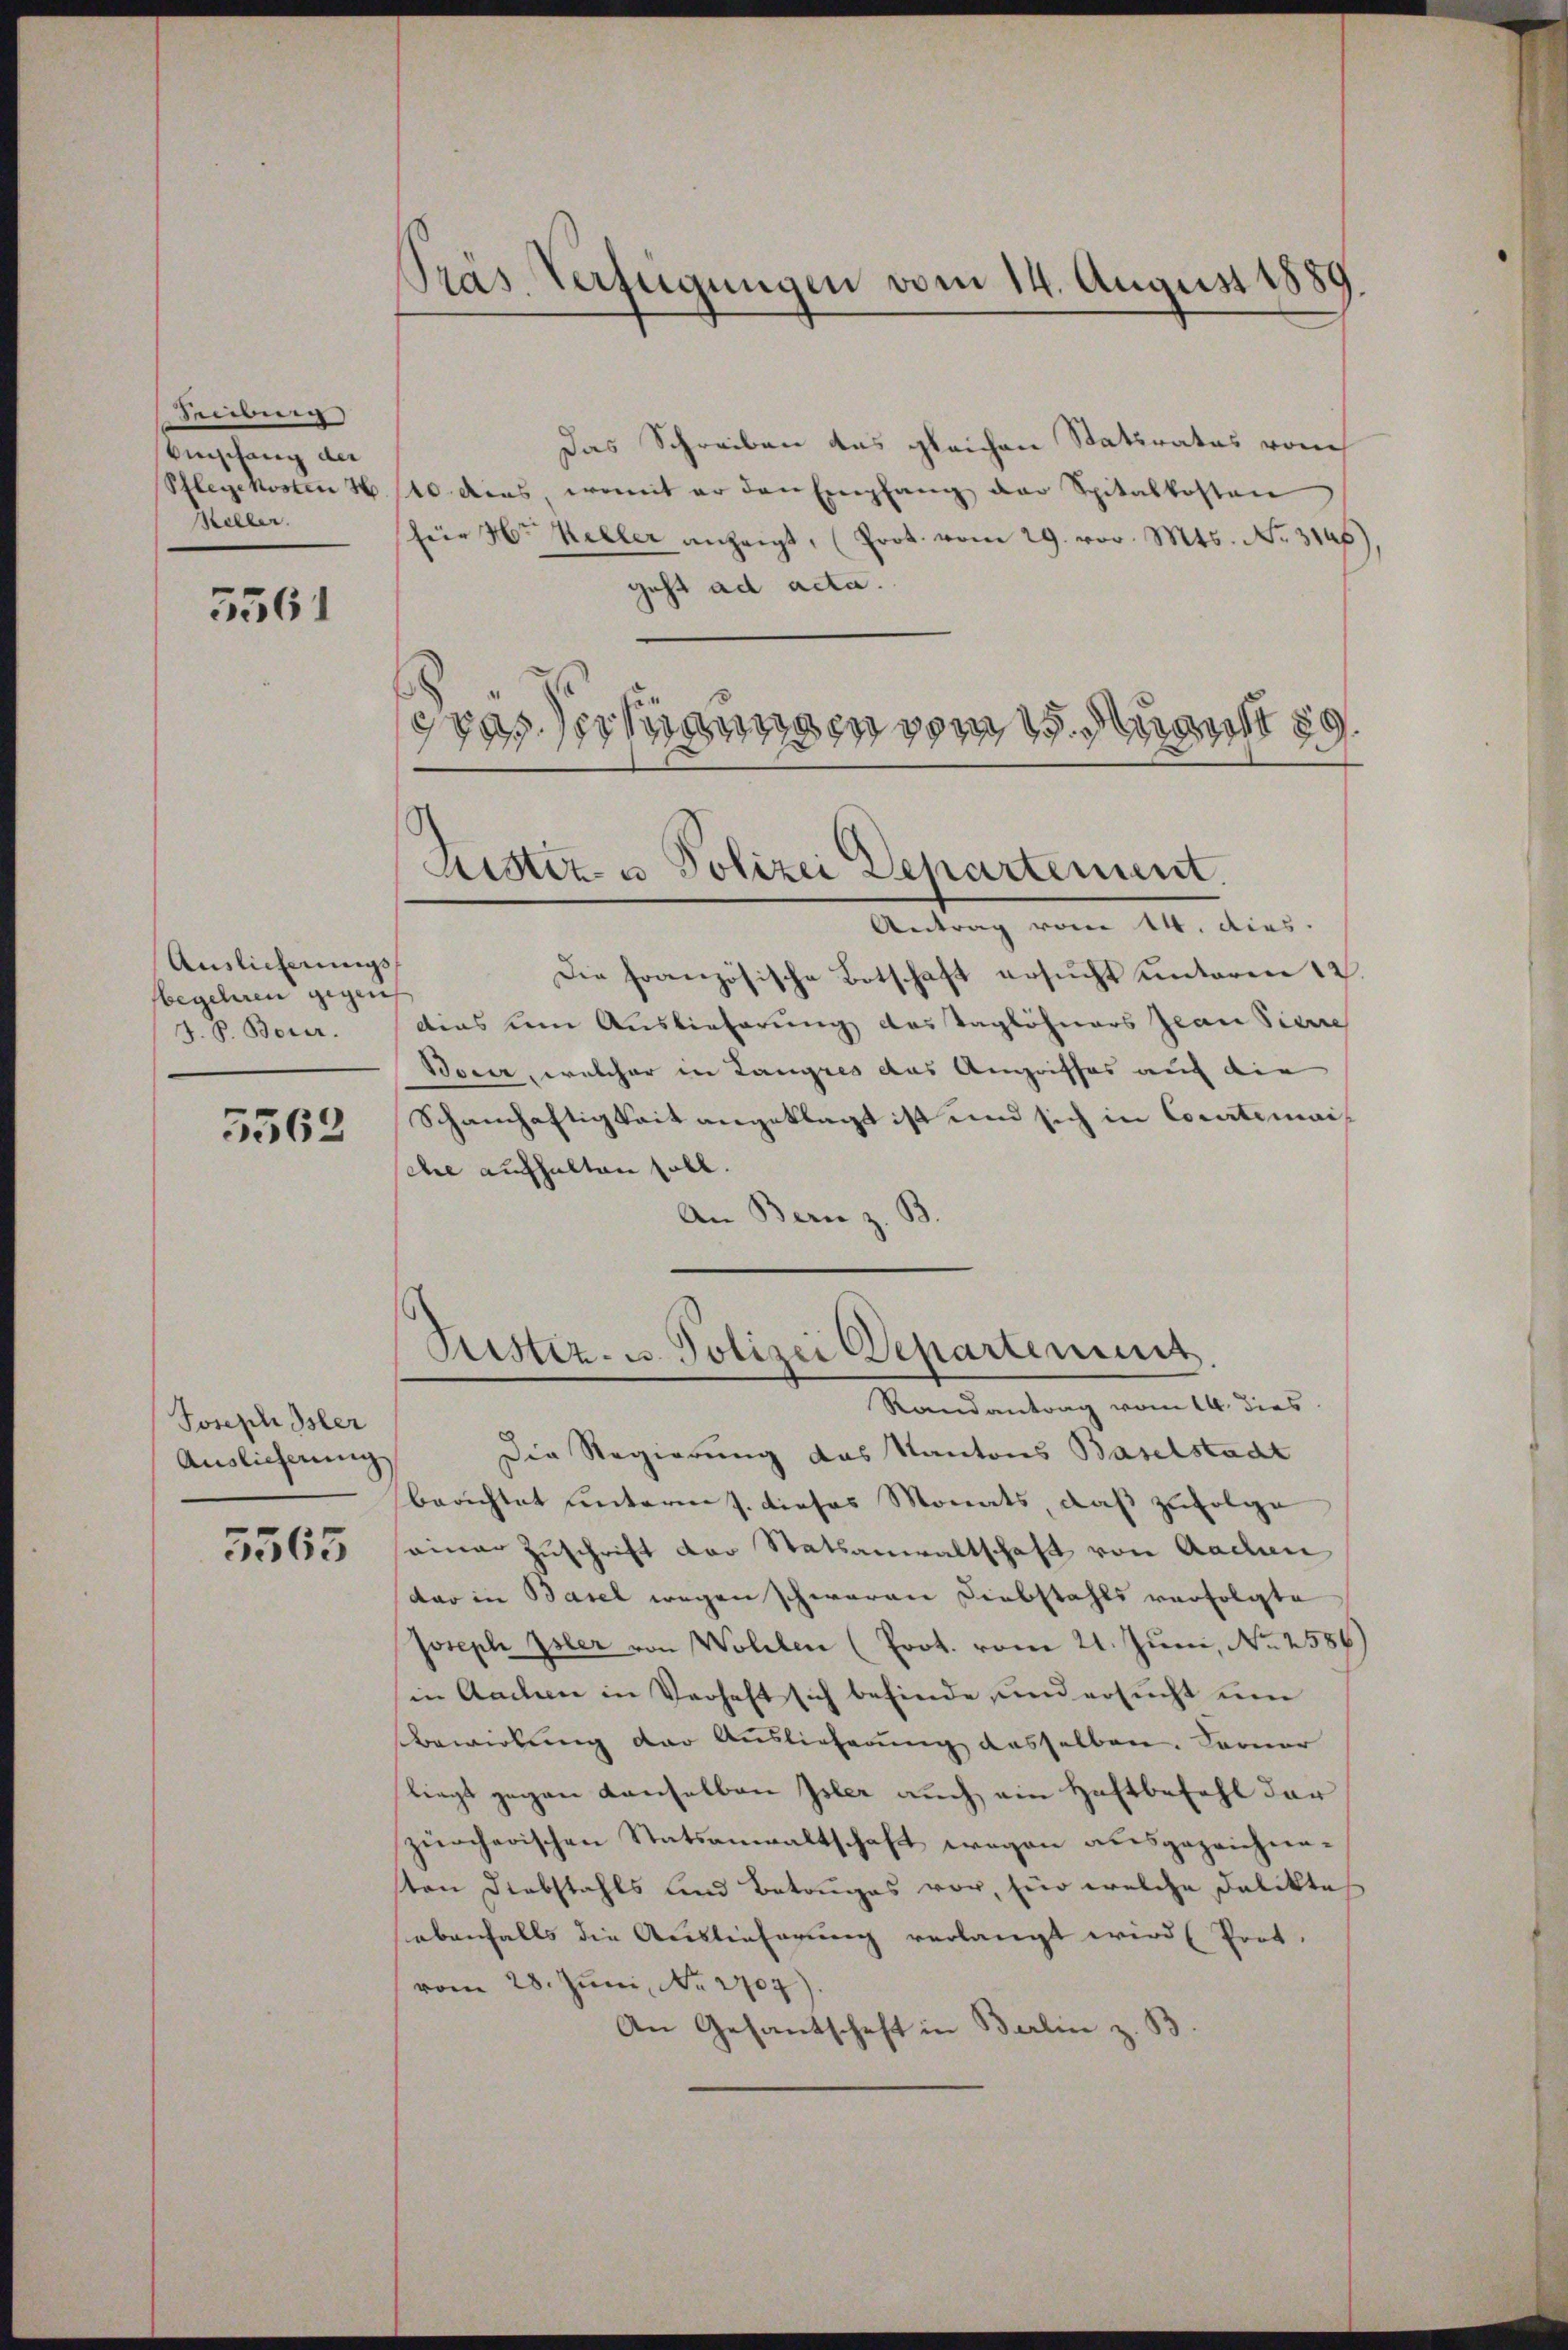
Seibung)
Einschang die
Pflegekosten
Heller.

5561

Auslieferungs
sbegehren gegen
J. P. Bour.

5562

Joseph Isler
Auslieferung

5565

Pras. Verfügungen vom 14. August 1889

gpasserungen vom 15. Mai 19
Luster- u Polizei Departement.

Das Schreiben das gleichen Statirates vom
10 dies, womit er den Empfang der Spitalkosten
für Hr. Keller anzeigt, (Prot. vom 29. vor. Mts. No. 3146)
geht ad acta.
Antrag vom 14. dies
Die französische Botschaft ersucht unterm 12.
dias um Auslieferung das Taglöhners Jwan Sinne
Bocer, welcher in Langres das Angriffes auf die
Schanhaftigkeit angeklagt ist und sich in Courtimais
che aufhalten soll.
An Bern z. B.

Puster- u. Polizei Departement.

Randantrag vom 14. dies
Die Regierung das Kantons Baselstadt
berichtet unterm 7. dieses Monats, daß zufolge
einer Zuschrift der Statsanwaltschaft von Aachen
dar in Basel wegen schwaren Diebstahls verfolgte
Joseph Isler von Wollen (Prot. vom 21. Juni, No 2586)
in Aachen in Verhaft sich befinde, und ersucht um
Bewirkung der Auslieferung dasselben. Ferner
liegt gegen Kanselben Isler auch ein Haftbefehl der
zürcherischen Statsanwaltschaft wegen ausgezeichneten Diebstahls und Betruges vor, für welche Delikte
ebenfalls die Auslieferung verlangt wird (Prot.
vom 28. Juni, No. 2707).
An Gesantschaft in Berlin z. B